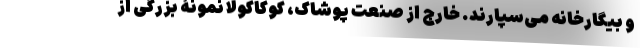
و بیگارخانه می‌سپارند. خارج از صنعت پوشاک، کوکاکولا نمونۀ بزرگی از